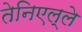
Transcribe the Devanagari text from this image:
तेनिएल्ले